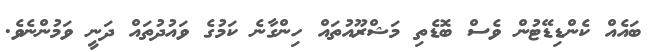
ބައެއް ކެންޑިޑޭޓުން ވެސް ބޮޑެތި މަޝްރޫއުތައް ހިންގާނެ ކަމުގެ ވައުދުތައް ދަނީ ވަމުންނެވެ.